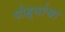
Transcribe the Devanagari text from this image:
पोह्यांचा